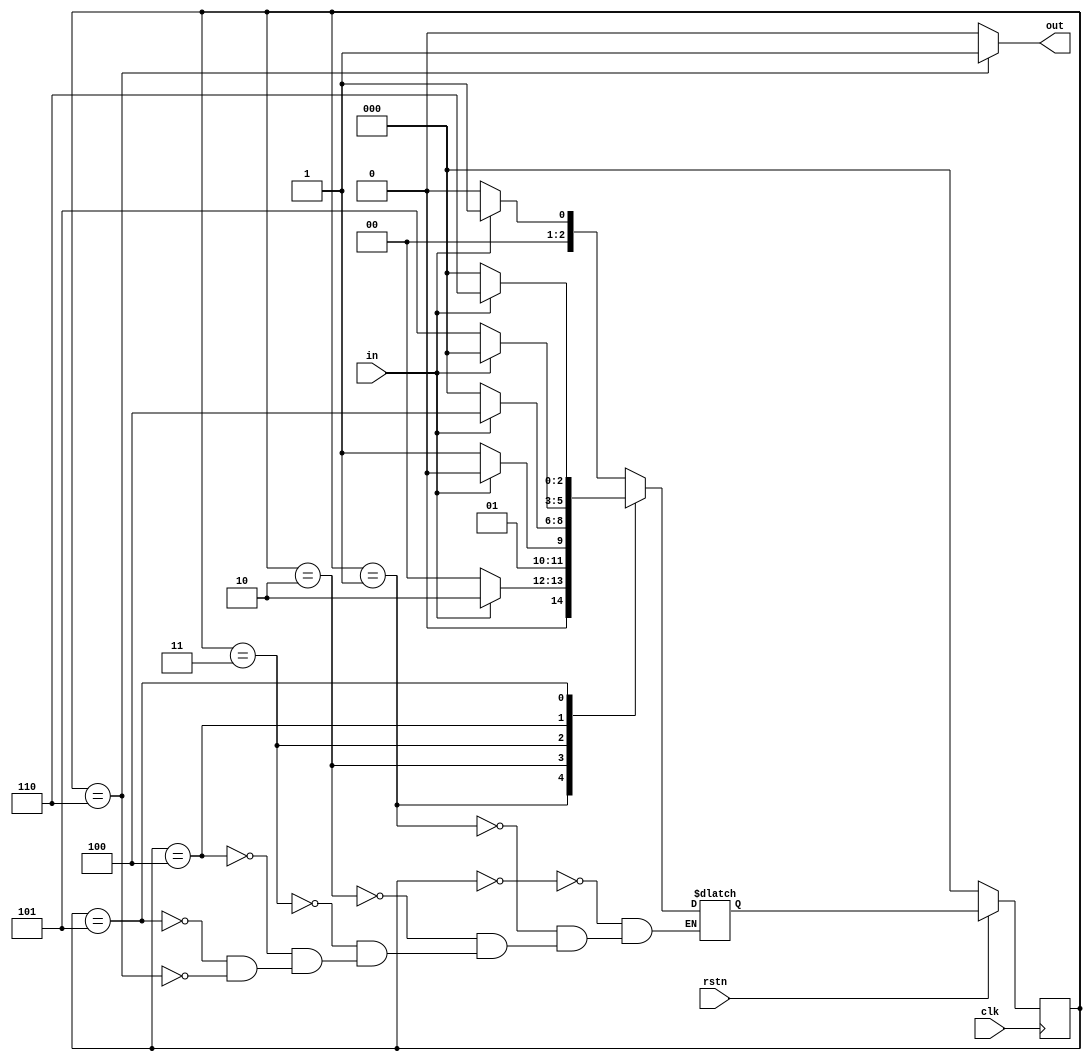
module det_110101 ( input clk,
                  	 input rstn,
                  	 input in,
                  	 output out );
  
  parameter IDLE 	= 0,
  			S1 		= 1,
  			S11 	= 2,
  			S110 	= 3,
  			S1101 	= 4,
  			S11010 	= 5,
  			S110101 = 6;
  
  reg [2:0] cur_state, next_state;
  
  assign out = cur_state == S110101 ? 1 : 0;
  
  always @ (posedge clk) begin
    if (!rstn)
      	cur_state <= IDLE;
     else 
     	cur_state <= next_state;
  end
  
  always @ (cur_state or in) begin
    case (cur_state)
      IDLE : begin
        if (in) next_state = S1;
        else 	next_state = IDLE;
      end
      
      S1: begin
        if (in) next_state = S11;
        else 	next_state = IDLE;
      end

      S11: begin
        if (!in) next_state = S110;
        else 	next_state = S11;
      end
      
      S110 : begin
        if (in) next_state = S1101;
        else 	next_state = IDLE;
      end
      
      S1101 : begin
        if (!in) next_state = S11010;
        else 	next_state = IDLE;
      end
      
      S11010: begin
        if (in) next_state = S110101;
        else 	next_state = IDLE;
      end
      
      S110101: begin
        if (in) next_state = S1;
        else 	next_state = IDLE; 		// Bug 2
      end      
    endcase
  end
endmodule